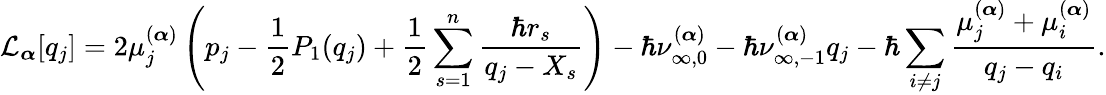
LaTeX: \mathcal{L}_{\boldsymbol{\alpha}}[q_{j}]=2\mu_{j}^{(\boldsymbol{\alpha})}\left(p_{j}-\frac{1}{2}P_{1}(q_{j})+\frac{1}{2}\sum_{s=1}^{n}\frac{\hbar r_{s}}{q_{j}-X_{s}}\right)-\hbar\nu_{\infty,0}^{(\boldsymbol{\alpha})}-\hbar\nu_{\infty,-1}^{(\boldsymbol{\alpha})}q_{j}-\hbar\sum_{i\neq j}\frac{\mu_{j}^{(\boldsymbol{\alpha})}+\mu_{i}^{(\boldsymbol{\alpha})}}{q_{j}-q_{i}}.